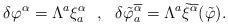
LaTeX: \begin{align*}\delta \varphi^\alpha = \Lambda^a \xi^\alpha_a \ \ , \ \ \delta\tilde{\varphi}^{\overline{\alpha}}_a =\Lambda^a\tilde{\xi}^{\overline{\alpha}} (\tilde{\varphi}) .\end{align*}